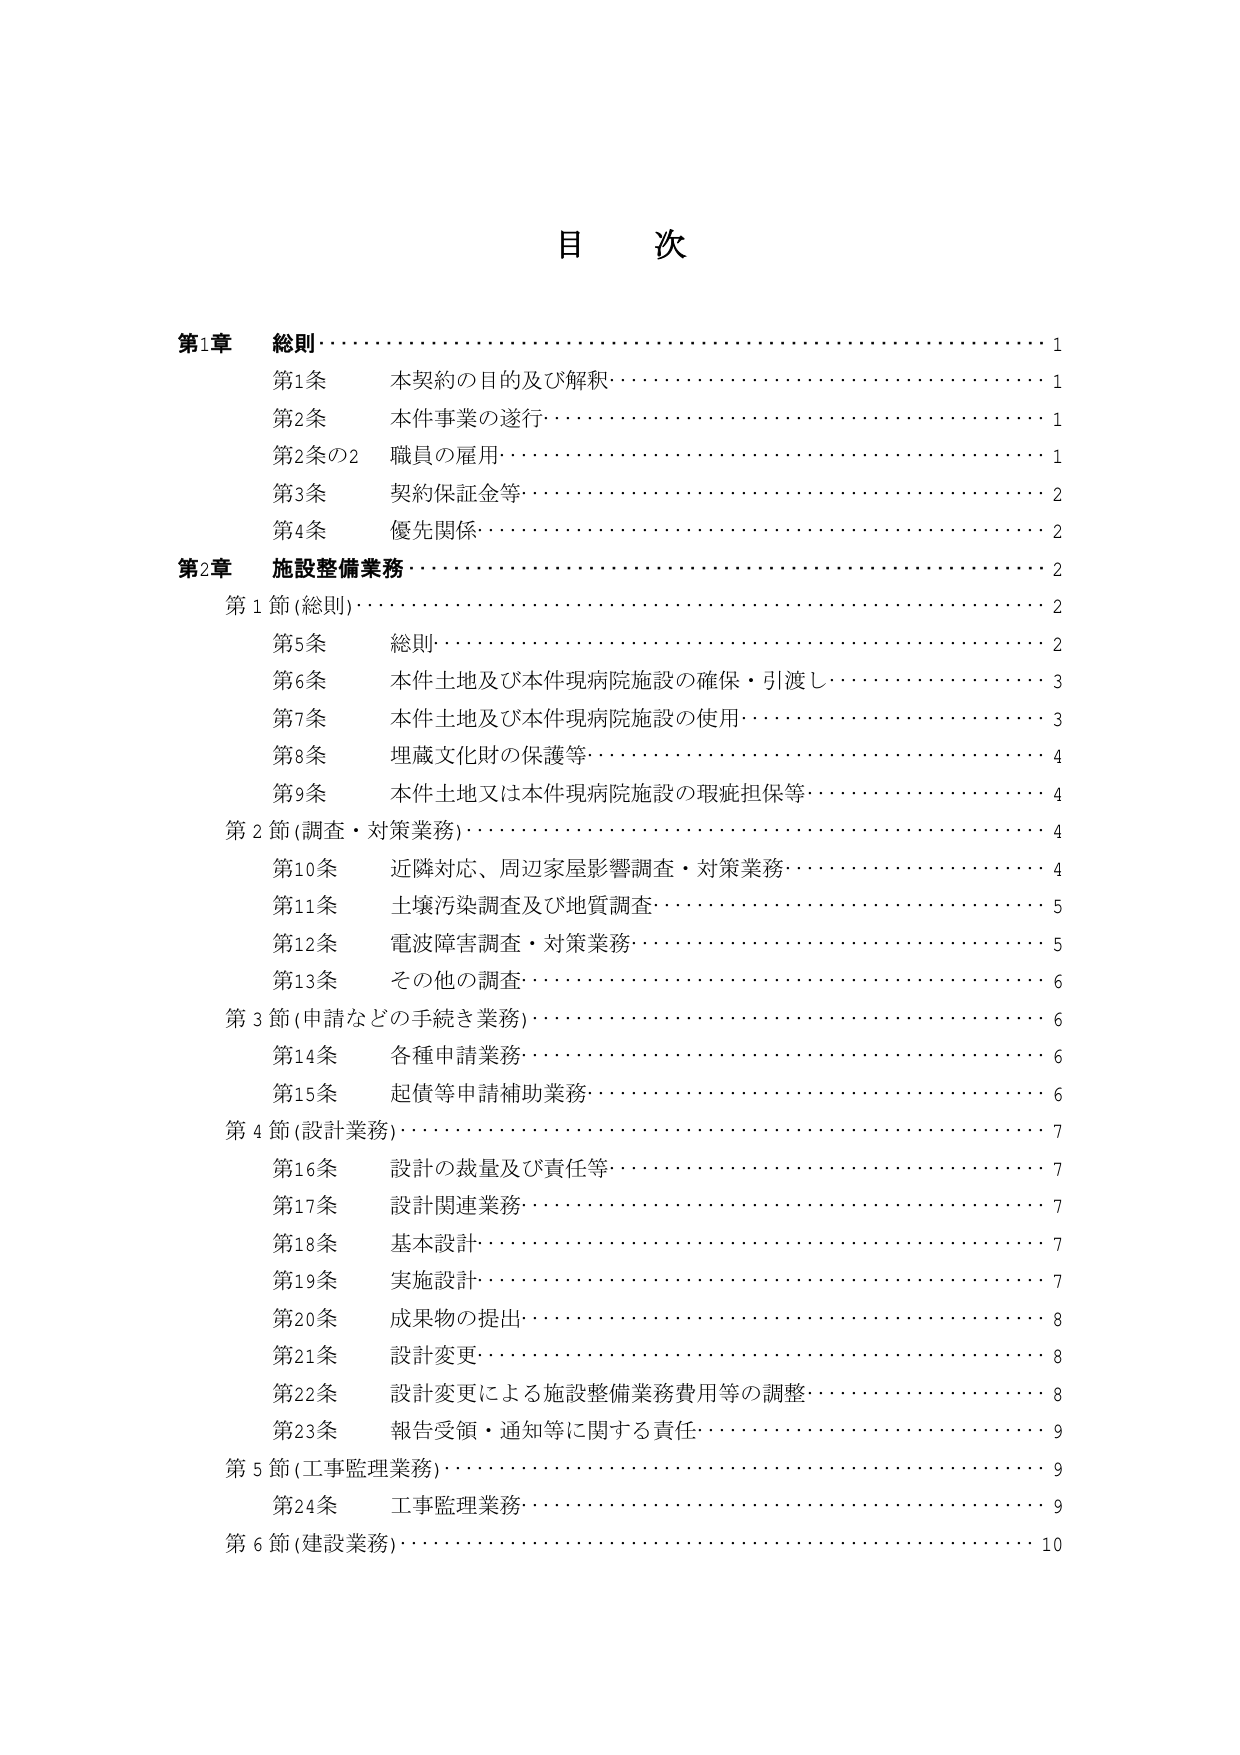
目 次

第1章 総則……………………………………………………………1
　第1条 本契約の目的及び解釈………………………………………1
　第2条 本件事業の遂行……………………………………………1
　第2条の2 職員の雇用………………………………………………1
　第3条 契約保証金等………………………………………………2
　第4条 優先関係……………………………………………………2

第2章 施設整備業務…………………………………………………2
　第1節（総則）………………………………………………………2
　　第5条 総則………………………………………………………2
　　第6条 本件土地及び本件現病院施設の確保・引渡し……………3
　　第7条 本件土地及び本件現病院施設の使用……………………3
　　第8条 埋蔵文化財の保護等………………………………………4
　　第9条 本件土地又は本件現病院施設の瑕疵担保等………………4
　第2節（調査・対策業務）…………………………………………4
　　第10条 近隣対応、周辺家屋影響調査・対策業務………………4
　　第11条 土壌汚染調査及び地質調査………………………………5
　　第12条 電波障害調査・対策業務…………………………………5
　　第13条 その他の調査………………………………………………6
　第3節（申請などの手続き業務）……………………………………6
　　第14条 各種申請業務………………………………………………6
　　第15条 起債等申請補助業務………………………………………6
　第4節（設計業務）…………………………………………………7
　　第16条 設計の裁量及び責任等……………………………………7
　　第17条 設計関連業務………………………………………………7
　　第18条 基本設計……………………………………………………7
　　第19条 実施設計……………………………………………………7
　　第20条 成果物の提出………………………………………………8
　　第21条 設計変更……………………………………………………8
　　第22条 設計変更による施設整備業務費用等の調整………………8
　　第23条 報告受領・通知等に関する責任……………………………9
　第5節（工事監理業務）……………………………………………9
　　第24条 工事監理業務………………………………………………9
　第6節（建設業務）…………………………………………………10